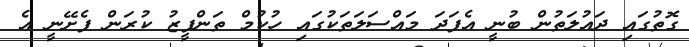
ގޮތުގައި ދައުލަތުން ބުނީ އެފަދަ މައްސަލަތަކުގައި ހުކުމް ތަންފީޒު ކުރަން ފެށޭނީ އެ